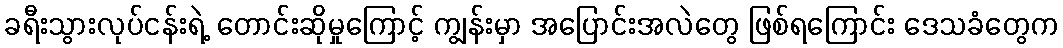
ခရီးသွားလုပ်ငန်းရဲ့ တောင်းဆိုမှုကြောင့် ကျွန်းမှာ အပြောင်းအလဲတွေ ဖြစ်ရကြောင်း ဒေသခံတွေက